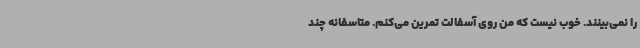
را نمی‌بینند. خوب نیست که من روی آسفالت تمرین می‌کنم. متاسفانه چند